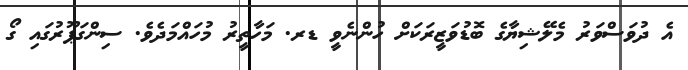
އެ ދުވަސްވަރު މެލޭޝިޔާގެ ބޮޑުވަޒީރަކަށް ހުންނެވީ ޑރ. މަހާތީރު މުހައްމަދެވެ. ސިންގަޕޫރުގައި ގޯ